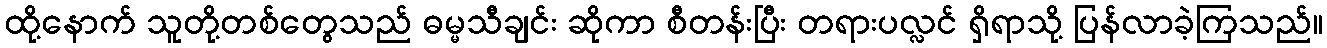
ထို့နောက် သူတို့တစ်တွေသည် ဓမ္မသီချင်း ဆိုကာ စီတန်းပြီး တရားပလ္လင် ရှိရာသို့ ပြန်လာခဲ့ကြသည်။